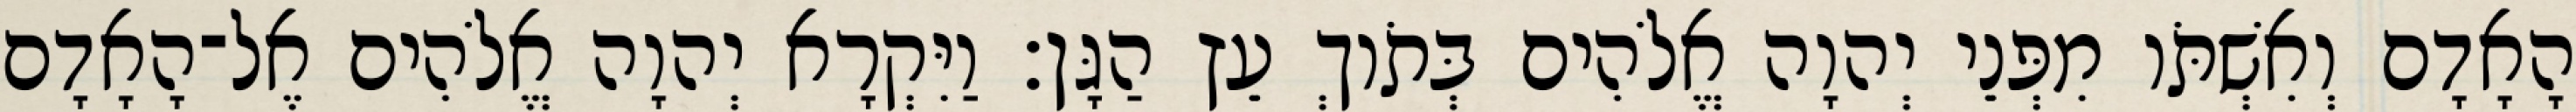
הָאָדָם וְאִשְׁתֹּו מִפְּנֵי יְהוָה אֱלֹהִים בְּתֹוךְ עֵץ הַגָּן׃ וַיִּקְרָא יְהוָה אֱלֹהִים אֶל־הָאָדָם